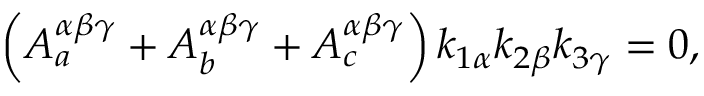
\left( { \cal A } _ { a } ^ { \alpha \beta \gamma } + { \cal A } _ { b } ^ { \alpha \beta \gamma } + { \cal A } _ { c } ^ { \alpha \beta \gamma } \right) k _ { 1 \alpha } k _ { 2 \beta } k _ { 3 \gamma } = 0 ,